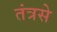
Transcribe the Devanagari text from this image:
तंत्रसे